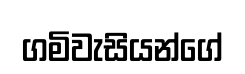
ගමිවැසියන්ගේ